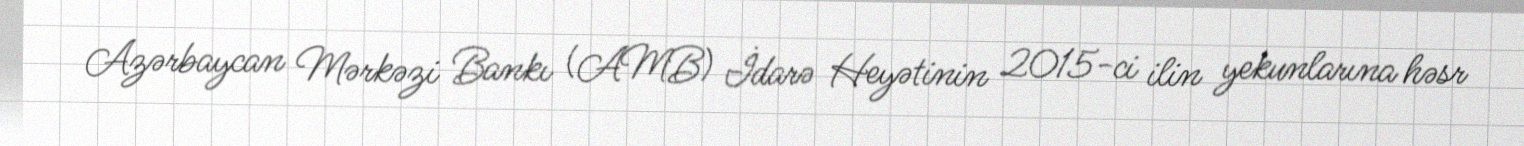
Azərbaycan Mərkəzi Bankı (AMB) İdarə Heyətinin 2015-ci ilin yekunlarına həsr